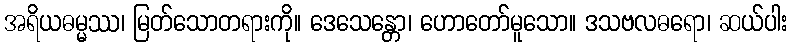
အရိယဓမ္မဿ၊ မြတ်သောတရားကို။ ဒေသေန္တော၊ ဟောတော်မူသော။ ဒသဗလဓရော၊ ဆယ်ပါး